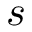
s